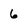
Character: 6